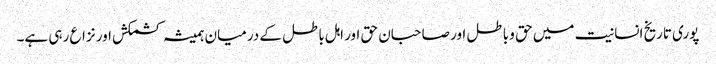
پوری تاریخ انسانیت میں حق و باطل اور صاحبان حق اور اہل باطل کے درمیان ہمیشہ کشمکش اور نزاع رہی ہے۔